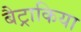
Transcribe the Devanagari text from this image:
बैट्राकिया